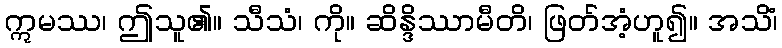
ဣမဿ၊ ဤသူ၏။ သီသံ၊ ကို။ ဆိန္ဒိဿာမီတိ၊ ဖြတ်အံ့ဟူ၍။ အသိံ၊